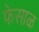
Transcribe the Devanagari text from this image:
फेसाळ